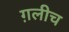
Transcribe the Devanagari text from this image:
ग़लीच